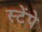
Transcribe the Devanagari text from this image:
स्टेंपे